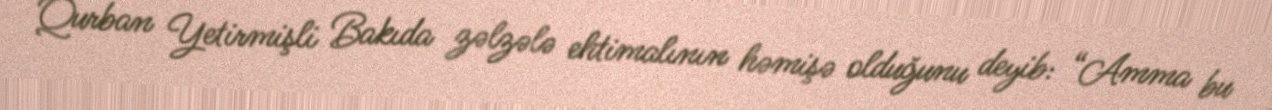
Qurban Yetirmişli Bakıda zəlzələ ehtimalının həmişə olduğunu deyib: “Amma bu